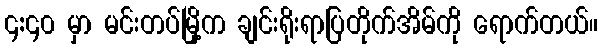
၄:၄၀ မှာ မင်းတပ်မြို့က ချင်းရိုးရာပြတိုက်အိမ်ကို ရောက်တယ်။